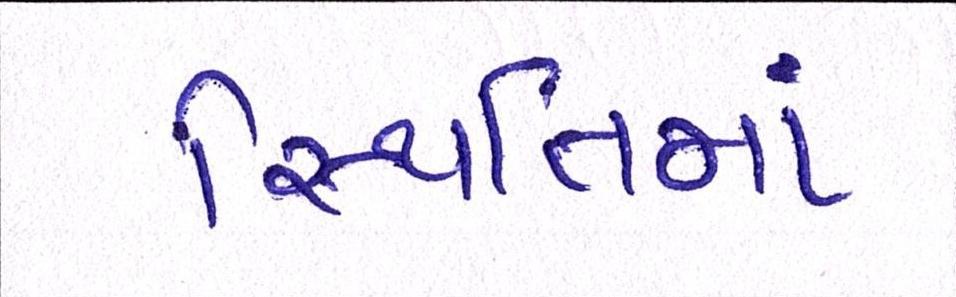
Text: સ્થિતિમાં